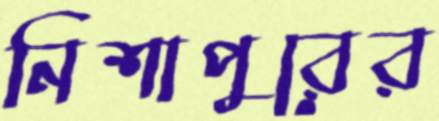
নিশাপুরের